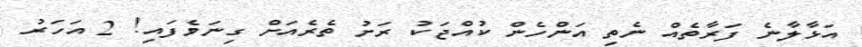
އަޅާލާނެ ފަރާތެއް ނެތި އަންހެން ކުއްޖަކު ރަށު ތެރެއަށް ގިނަވެފައި! 2 އަހަރު